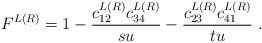
LaTeX: \begin{align*}F^{L(R)}=1-{c_{12}^{L(R)}c_{34}^{L(R)}\over su}-{c_{23}^{L(R)}c_{41}^{L(R)}\over tu} \ .\end{align*}